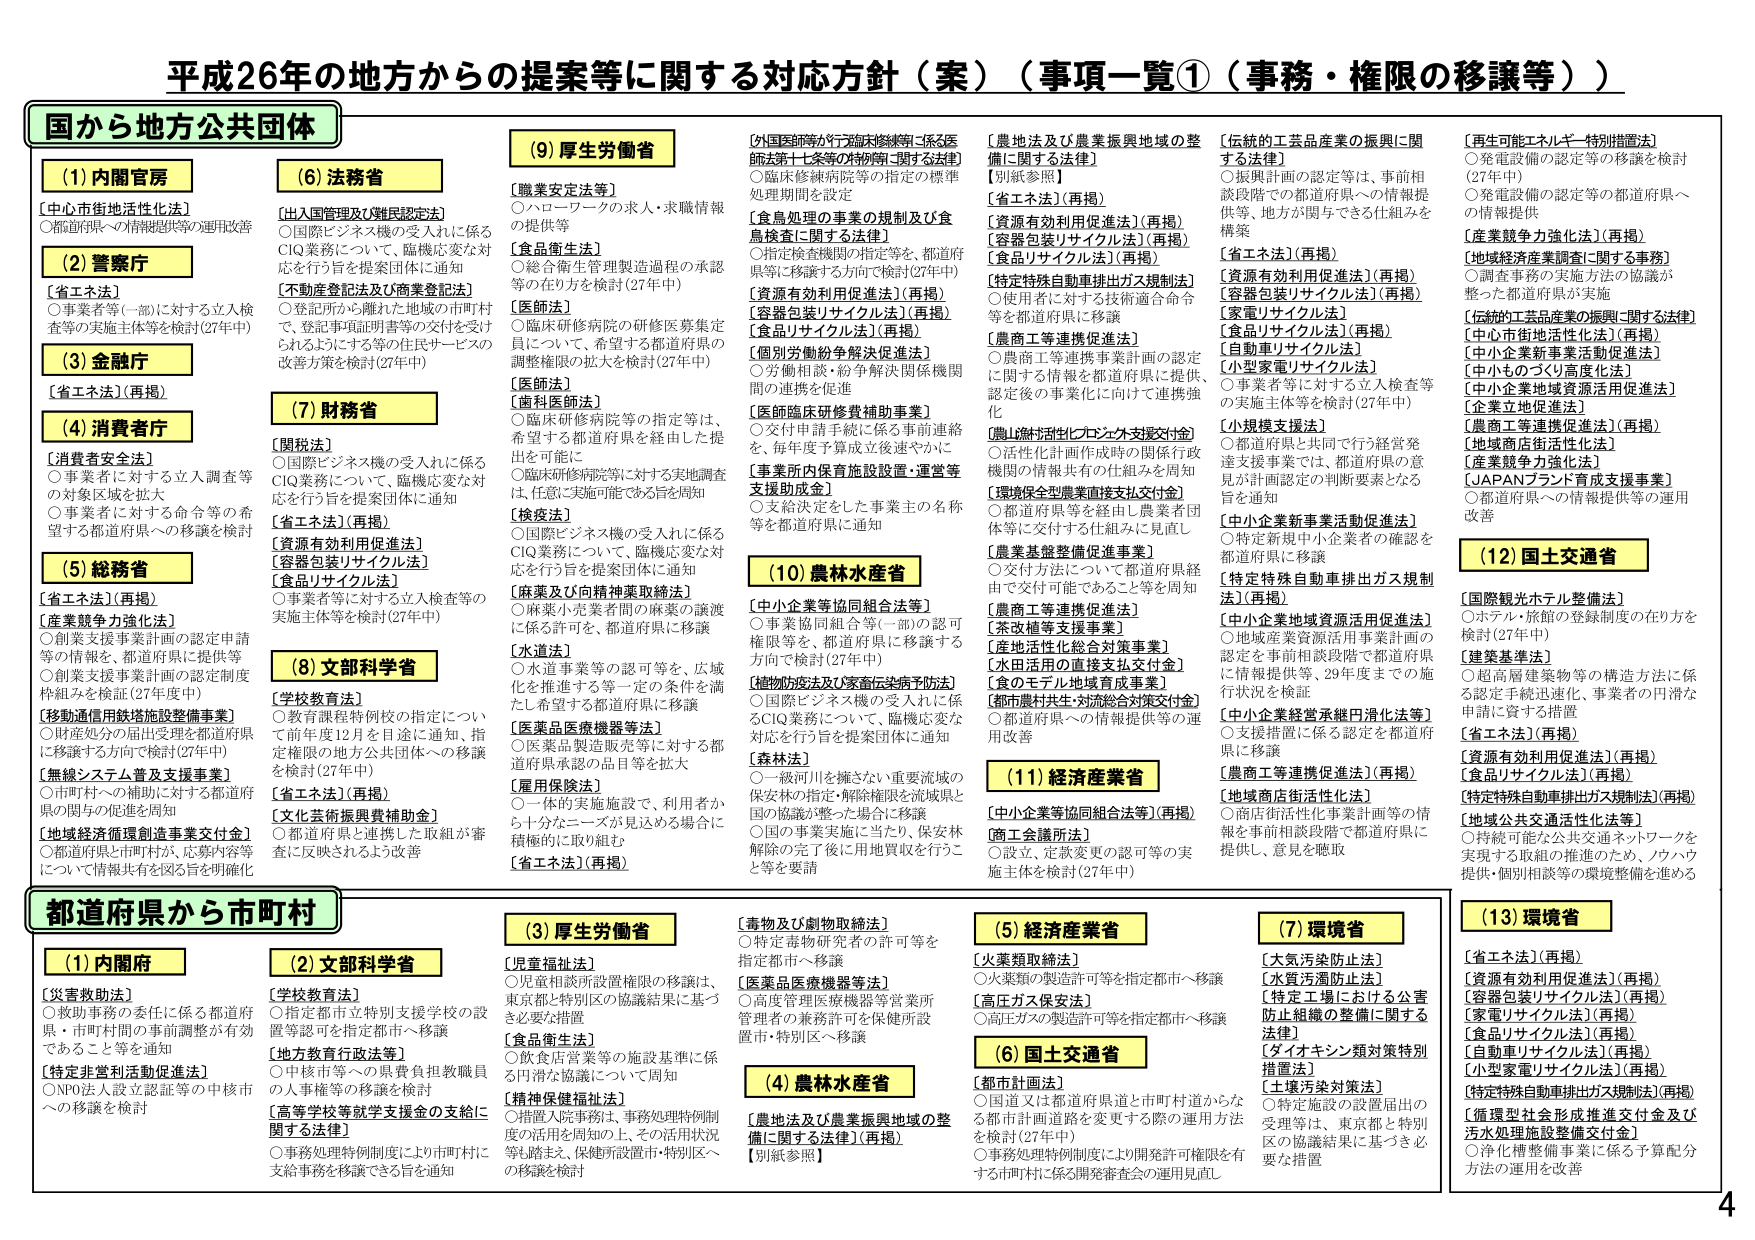
平成26年の地方からの提案等に関する対応方針（案）（事項一覧①（事務・権限の移譲等））

国から地方公共団体

(1) 内閣官房
【中心市街地活性化法】
○都道府県への情報提供等の運用改善

(2) 警察庁
【省エネ法】
○事業者等（一部）に対する立入検査等の実施主体等を検討（27年中）

(3) 金融庁
【省エネ法】（再掲）

(4) 消費者庁
【消費者安全法】
○事業者に対する立入調査等の対象区域を拡大
○事業者に対する命令等の希望する都道府県への移譲を検討

(5) 総務省
【省エネ法】（再掲）
【産業競争力強化法】
○創業支援事業計画の認定申請等の情報を、都道府県に提供等
○創業支援事業計画の認定制度枠組みを検証（27年度中）
【移動通信用鉄塔施設整備事業】
○財産処分の届出受理を都道府県に移譲する方向で検討（27年中）
【無線システム普及支援事業】
○市町村への補助に対する都道府県の関与の促進を周知
【地域経済循環創造事業交付金】
○都道府県と市町村が、応募内容等について情報共有を図る旨を明確化

(6) 法務省
【出入国管理及び難民認定法】
○国際ビジネス機の受入れに係るCIQ業務について、臨機応変な対応を行う旨を提案団体に通知
【不動産登記法及び商業登記法】
○登記所から離れた地域の市町村で、登記事項証明書等の交付を受けられるようにする等の住民サービスの改善方策を検討（27年中）

(7) 財務省
【関税法】
○国際ビジネス機の受入れに係るCIQ業務について、臨機応変な対応を行う旨を提案団体に通知
【省エネ法】（再掲）
【資源有効利用促進法】
【容器包装リサイクル法】
【食品リサイクル法】
○事業者等に対する立入検査等の実施主体等を検討（27年中）

(8) 文部科学省
【学校教育法】
○教育課程特例校の指定について前年度12月を用途に通知、指定権限の地方公共団体への移譲を検討（27年中）
【省エネ法】（再掲）
【文化芸術振興費補助金】
○都道府県と連携した取組が審査に反映されるよう改善

(9) 厚生労働省
【職業安定法等】
○ハローワークの求人・求職情報の提供等
【食品衛生法】
○総合衛生管理製造過程の承認等の在り方を検討（27年中）
【医師法】
○臨床研修病院の研修医募集定員について、希望する都道府県の調整権限の拡大を検討（27年中）
【医師法】
○臨床研修病院等の指定等は、希望する都道府県を経由した提出を可能に
○臨床研修病院等に対する実地調査は、任意・実施可能である旨を周知
【検疫法】
○国際ビジネス機の受入れに係るCIQ業務について、臨機応変な対応を行う旨を提案団体に通知
【麻薬及び向精神薬取締法】
○麻薬小売業者間の麻薬の譲渡に係る許可を、都道府県に移譲
【水道法】
○水道事業等の認可等を、広域化を推進する等一定の条件を満たし希望する都道府県に移譲
【医薬品医療機器等法】
○医薬品製造販売等に対する都道府県承認の品目等を拡大
【雇用保険法】
○一体的実施施設で、利用者から十分なニーズが見込める場合に積極的に取り組む
【省エネ法】（再掲）

(10) 農林水産省
【中小企業等協同組合法等】
○事業協同組合等（一部の認可権限等を、都道府県に移譲する方向で検討（27年中）
【植物防疫法及び家畜伝染病予防法】
○国際ビジネス機の受入れに係るCIQ業務について、臨機応変な対応を行う旨を提案団体に通知
【森林法】
○一級河川を擁さない重要流域の保安林の指定・解禁権限を流域県と国の協議の整った場合に移譲
○国の事業実施に当たり、保安林解禁の完了後に用地買収を行うこと等を要請

(11) 経済産業省
【中小企業等協同組合法等】（再掲）
【商工会議所法】
○設立、定款変更の認可等の実施主体を検討（27年中）

(12) 国土交通省
【国際観光ホテル整備法】
○ホテル・旅館の登録制度の在り方を検討（27年中）
【建築基準法】
○超高層建築物等の構造方法に係る認定手続迅速化、事業者の円滑な申請に資する措置
【省エネ法】（再掲）
【資源有効利用促進法】（再掲）
【食品リサイクル法】（再掲）
【特定特殊自動車排出ガス規制法】（再掲）
【地域公共交通活性化法等】
○持続可能な公共交通ネットワークを実現する取組の推進のため、ノウハウ提供・個別相談等の環境整備を進める

(13) 環境省
【省エネ法】（再掲）
【資源有効利用促進法】（再掲）
【容器包装リサイクル法】（再掲）
【家電リサイクル法】（再掲）
【食品リサイクル法】（再掲）
【自動車リサイクル法】（再掲）
【小型家電リサイクル法】（再掲）
【特定特殊自動車排出ガス規制法】（再掲）
【循環型社会形成推進交付金及び汚水処理施設整備交付金】
○浄化槽整備事業に係る予算配分方法の運用を改善

都道府県から市町村

(1) 内閣府
【災害救助法】
○救助事務の委任に係る都道府県・市町村間の事前調整が有効であることを等を通知
【特定非営利活動促進法】
○NPO法人設立認証等の中核市への移譲を検討

(2) 文部科学省
【学校教育法】
○指定都市立特別支援学校の設置等認可を指定都市へ移譲
【地方教育行政法等】
○中核市等への県費負担教職員の人事権等の移譲を検討
【高等学校等就学支援金の支給に関する法律】
○事務処理特例制度により市町村に支給事務を移譲できる旨を通知

(3) 厚生労働省
【児童福祉法】
○児童相談所設置権限の移譲は、東京都と特別区の協議結果に基づき必要な措置
【食品衛生法】
○飲食店営業等の施設基準に係る円滑な協議について周知
【精神保健福祉法】
○措置入院事務は、事務処理特例制度の活用を周知の上、その活用状況等も踏まえ、保健所設置市・特別区への移譲を検討

(4) 農林水産省
【農地法及び農業振興地域の整備に関する法律】（再掲）
【別紙参照】

(5) 経済産業省
【火薬類取締法】
○火薬類の製造許可等を指定都市へ移譲
【高圧ガス保安法】
○高圧ガスの製造許可等を指定都市へ移譲

(6) 国土交通省
【都市計画法】
○国道又は都道府県道と市町村道からなる都市計画道路を変更する際の運用方法を検討（27年中）
○事務処理特例制度により開発許可権限を有する市町村に係る開発審査会の運用見直し

(7) 環境省
【水質汚濁防止法】
【水質汚濁防止法】
【特定工場における公害防止組織の整備に関する法律】
【ダイオキシン類対策特別措置法】
【土壌汚染対策法】
○特定施設の設置届出の受理等は、東京都と特別区の協議結果に基づき必要な措置

[外国医師等が行う臨床研修等に係る医師法第十七条等の特例等に関する法律]
○臨床研修病院等の指定の標準処理期間を設定
[食品加工の事業の規制及び食品検査に関する法律]
○指定検査機関の指定等を、都道府県等に移譲する方向で検討（27年中）
[資源有効利用促進法]（再掲）
[容器包装リサイクル法]（再掲）
[食品リサイクル法]（再掲）
[個別労働紛争解決促進法]
○労働相談・紛争解決関係機関間の連携を促進
[医師臨床研修費補助事業]
○交付申請手続に係る事前連絡を、毎年度予算成立後速やかに
[事業所内保育施設設置・運営等支援助成金]
○支給決定をした事業主の名称等を都道府県に通知

[農地法及び農業振興地域の整備に関する法律]
【別紙参照】
[省エネ法]（再掲）
[資源有効利用促進法]（再掲）
[容器包装リサイクル法]（再掲）
[食品リサイクル法]（再掲）
[特定特殊自動車排出ガス規制法]
○使用者に対する技術適合命令等を都道府県に移譲
[農商工等連携促進法]
○農商工等連携事業計画の認定に関する情報を都道府県に提供、認定後の事業化に向けて連携強化
[農山漁村活性化プロジェクト支援交付金]
○活性化計画作成時の関係行政機関の情報共有の仕組みを周知
[環境保全型農業直接支払交付金]
○都道府県等を経由し農業者団体等に交付する仕組みに見直し
[農業基盤整備促進事業]
○交付方法について都道府県経由で交付可能であることを周知
[農商工等連携促進法]
[水改補等支援事業]
[産地活性化総合対策事業]
[水田活用の直接支払交付金]
[食のモデル地域育成事業]
[都市農村共生・対流総合対策交付金]
○都道府県への情報提供等の運用改善

[伝統的工芸品産業の振興に関する法律]
○振興計画の認定等は、事前相談段階での都道府県への情報提供等、地方が関与できる仕組みを構築
[省エネ法]（再掲）
[資源有効利用促進法]（再掲）
[容器包装リサイクル法]（再掲）
[家電リサイクル法]
[食品リサイクル法]（再掲）
[自動車リサイクル法]
[小型家電リサイクル法]
○事業者等に対する立入検査等の実施主体等を検討（27年中）
[小規模支援法]
○都道府県と共同で行う経営発達支援事業では、都道府県の意見が計画認定の判断要素となる旨を通知
[中小企業新事業活動促進法]
○特定新規中小企業者の確認を都道府県に移譲
[特定特殊自動車排出ガス規制法]（再掲）
[中小企業地域資源活用促進法]
○地域産業資源活用事業計画の認定を事前相談段階で都道府県に情報提供等、29年度までの施行状況を検証
[中小企業経営承継円滑化法等]
○支援措置に係る認定を都道府県に移譲
[農商工等連携促進法]（再掲）
[地域商店街活性化法]
○商店街活性化事業計画等の情報を事前相談段階で都道府県に提供し、意見を聴取

[再生可能エネルギー特別措置法]
○発電設備の認定等の移譲を検討（27年中）
○発電設備の認定等の都道府県への情報提供
[産業競争力強化法]（再掲）
[地域経済産業調査に関する事務]
○調査事務の実施方法の協議が整った都道府県が実施
[伝統的工芸品産業の振興に関する法律]
[中心市街地活性化法]（再掲）
[中小企業新事業活動促進法]
[中小ものづくり高度化法]
[中小企業地域資源活用促進法]
[企業立地促進法]
[農商工等連携促進法]（再掲）
[地域商店街活性化法]
[産業競争力強化法]
[JAPANブランド育成支援事業]
○都道府県への情報提供等の運用改善

4